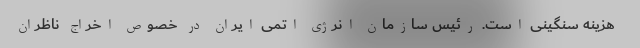
هزینه سنگینی است. رئیس سازمان انرژی اتمی ایران در خصوص اخراج ناظران